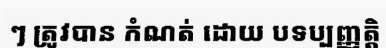
ៗ ត្រូវបាន កំណត់ ដោយ បទប្បញ្ញត្តិ